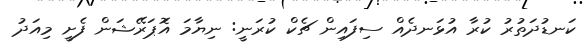
ކަނޑުދަތުރު ކުރާ އުޅަނދެއް ސިފައިން ޗެކް ކުރަނީ: ނިޔާމަ އޮަޕަރޭޝަން ފެށީ މިއަދު